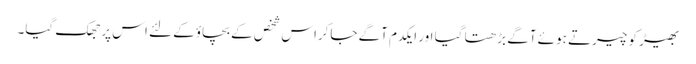
بھیڑ کو چیرتے ہوئے آگے بڑھتا گیا اور ایکدم آگے جاکراس شخص کے بچاؤکے لئے اس پر جھک گیا۔